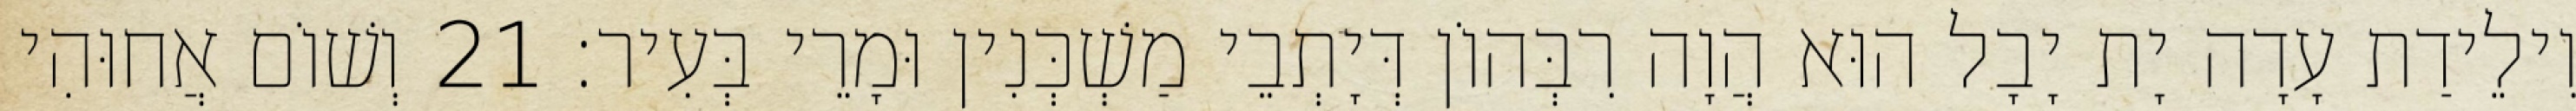
וִילֵידַת עָדָה יָת יָבָל הוּא הֲוָה רִבְּהוֹן דְּיָתְבֵי מַשְׁכְּנִין וּמָרֵי בְּעִיר׃ 21 וְשׁוֹם אֲחוּהִי